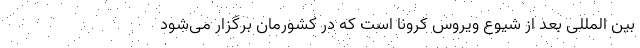
بین المللی بعد از شیوع ویروس کرونا است که در کشورمان برگزار می‌شود